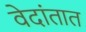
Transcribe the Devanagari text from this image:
वेदांतात